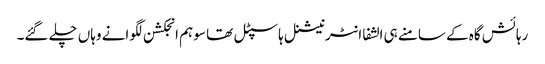
رہائش گاہ کے سامنے ہی الشفا انٹرنیشنل ہاسپٹل تھا سو ہم انجکشن لگوانے وہاں چلے گئے۔